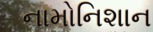
નામોનિશાન